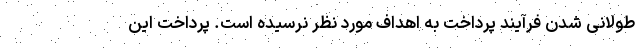
طولانی شدن فرآیند پرداخت به اهداف مورد نظر نرسیده است. پرداخت این